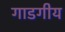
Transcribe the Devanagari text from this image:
गाडगीय